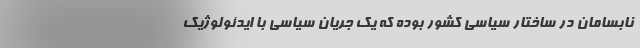
نابسامان در ساختار سیاسی کشور بوده که یک جریان سیاسی با ایدئولوژیک